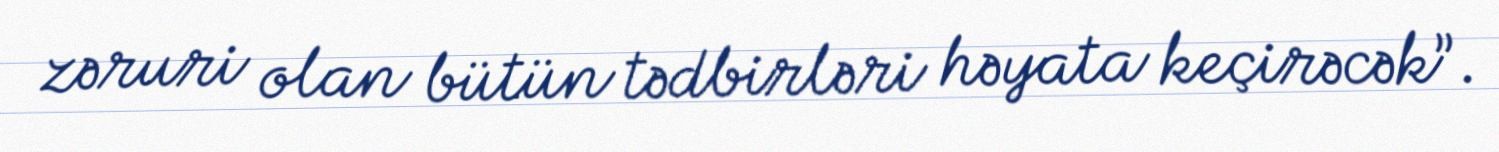
zəruri olan bütün tədbirləri həyata keçirəcək”.